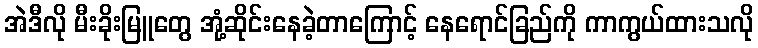
အဲဒီလို မီးခိုးမြူတွေ အုံ့ဆိုင်းနေခဲ့တာကြောင့် နေရောင်ခြည်ကို ကာကွယ်ထားသလို